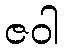
ဇဝါ